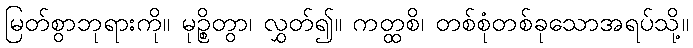
မြတ်စွာဘုရားကို။ မုဉ္စိတွာ၊ လွှတ်၍။ ကတ္ထစိ၊ တစ်စုံတစ်ခုသောအရပ်သို့။